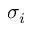
\sigma _ { i }